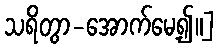
သရိတွာ-အောက်မေ့၍။]